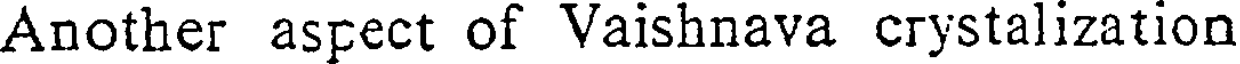
Another aspect of Vaishnava crystalization